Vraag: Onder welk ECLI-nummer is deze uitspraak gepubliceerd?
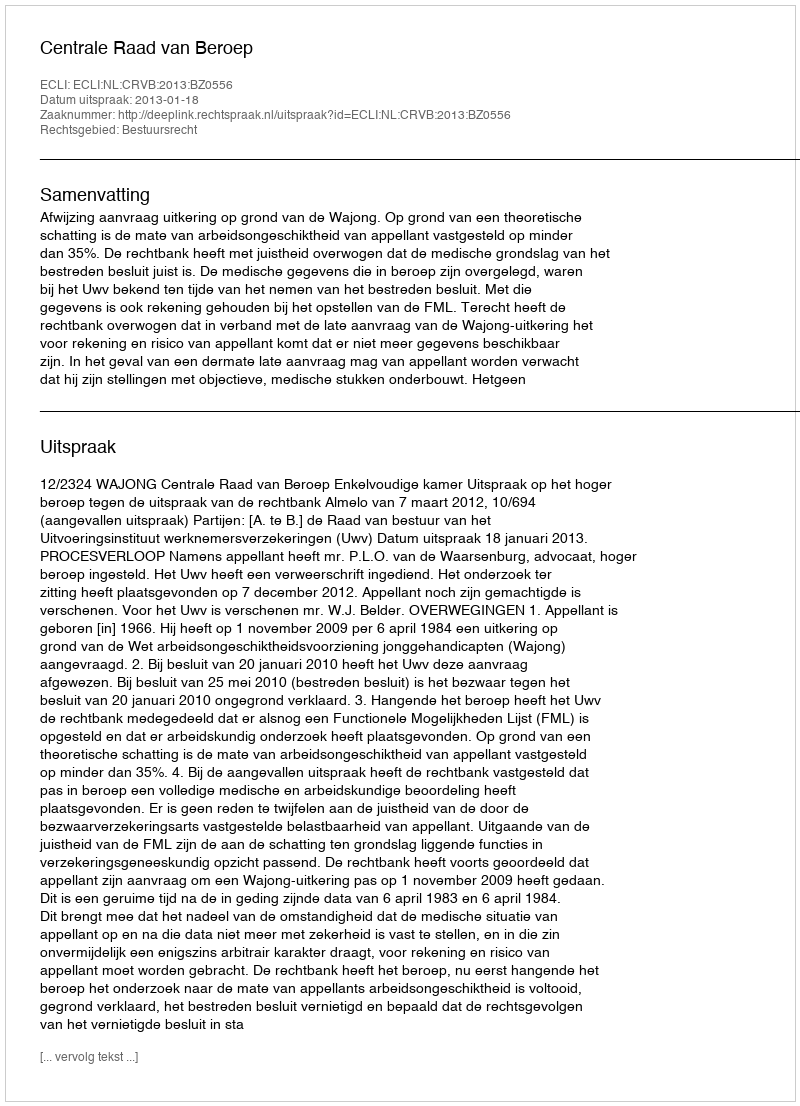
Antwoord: ECLI:NL:CRVB:2013:BZ0556